画像に写った文字を読んでください
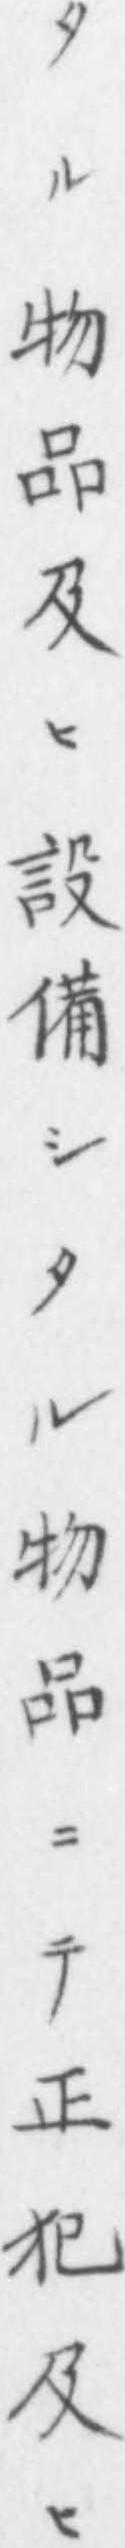
「タル物品及ヒ設備シタル物品ニテ正犯及ヒ」と書いてあります